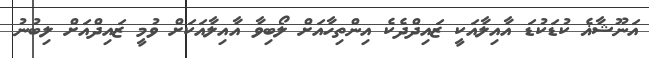
އަނޫޝާޣެ ކުޑަކުޑަ އާއިލާއަކީ ޒައިދްދެކެ އިންތިހާއަށް ލޯބިވާ އާއިލާއަކަށް ވުމީ ޒައިދްއަށް ލިބުނު